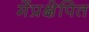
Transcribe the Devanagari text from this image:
मेंप्रक्षेपित